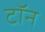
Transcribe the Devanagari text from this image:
टॉन